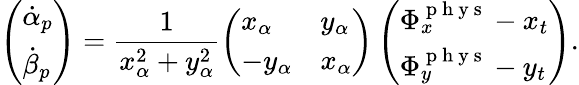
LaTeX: \left(\begin{array}{l}{\dot{\alpha}_{p}}\\ {\dot{\beta}_{p}}\end{array}\right)=\frac{1}{x_{\alpha}^{2}+y_{\alpha}^{2}}\left(\begin{array}{ll}{x_{\alpha}}&{y_{\alpha}}\\ {-y_{\alpha}}&{x_{\alpha}}\end{array}\right)\left(\begin{array}{l}{\Phi_{x}^{\mathrm{~p~h~y~s~}}-x_{t}}\\ {\Phi_{y}^{\mathrm{~p~h~y~s~}}-y_{t}}\end{array}\right).